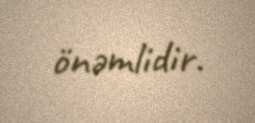
önəmlidir.